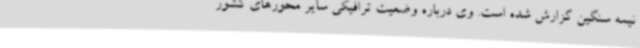
نیمه سنگین گزارش شده است. وی درباره وضعیت ترافیکی سایر محورهای کشور